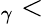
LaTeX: _\gamma<